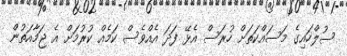
ސުލްހައިގެ މަސައްކަތަށް ހުރަސް އެޅޭ ފަދަ އެއްވެސް ކަމެއް ކުރުމަށް އެ ޖަމާއަތުން